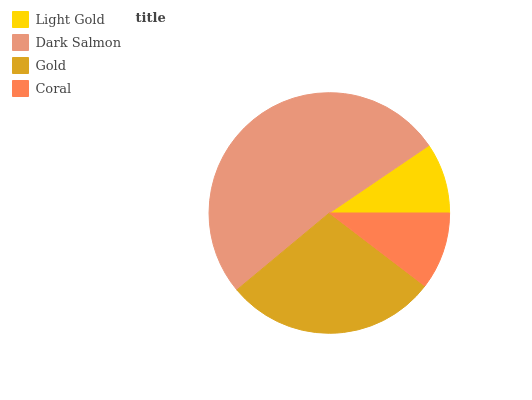
| Light Gold | Dark Salmon | Gold | Coral |
 | --- | --- | --- | --- |
 | 9.48% | 51.5% | 28.6% | 10.4% |